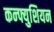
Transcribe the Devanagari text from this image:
कन्फ्युशियन